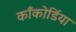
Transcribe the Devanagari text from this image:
काँकोर्डिया